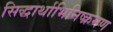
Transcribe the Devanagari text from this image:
सिद्धार्थाभिनिष्क्रमण